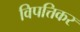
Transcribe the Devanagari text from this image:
विपत्तिकर